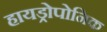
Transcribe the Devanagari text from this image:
हायड्रोपोनिक